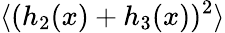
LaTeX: \langle(h_{2}(x)+h_{3}(x))^{2}\rangle